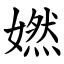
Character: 㜣